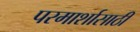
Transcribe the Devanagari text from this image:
परमार्शासाठी